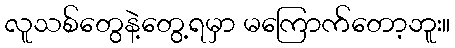
လူသစ်တွေနဲ့တွေ့ရမှာ မကြောက်တော့ဘူး။